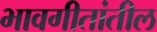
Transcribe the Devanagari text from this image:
भावगीतांतील